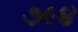
૭૯૪